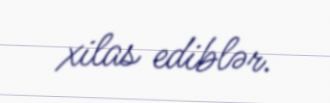
xilas ediblər.